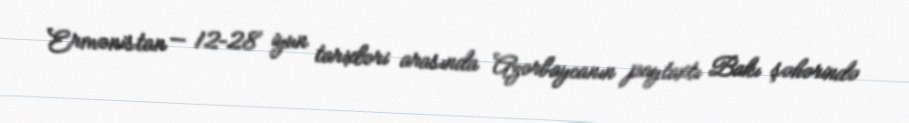
Ermənistan — 12–28 iyun tarixləri arasında Azərbaycanın paytaxtı Bakı şəhərində